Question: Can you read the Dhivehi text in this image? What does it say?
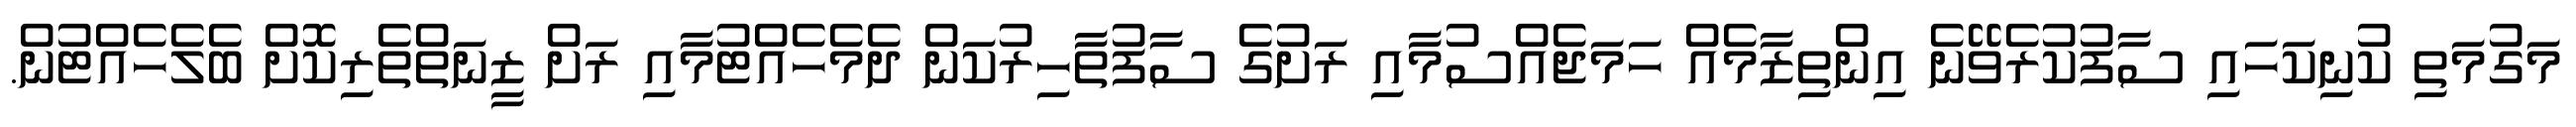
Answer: މަގުމަތި ކުނިކަހައި ސާފުކުރެވޭނެ އިންތިޒާމެއް ހަމަޖެއްސުމާއި ރަށުގެ ސާފުތާހިރުކަން ދެމެހެއްޓުމާއި ރަށް ޒީނަތްތެރިކޮށް ބެލެހެއްޓުން.